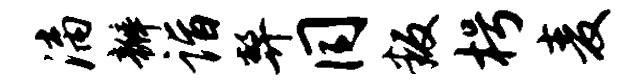
漓瓣诣弊同叛枵麦